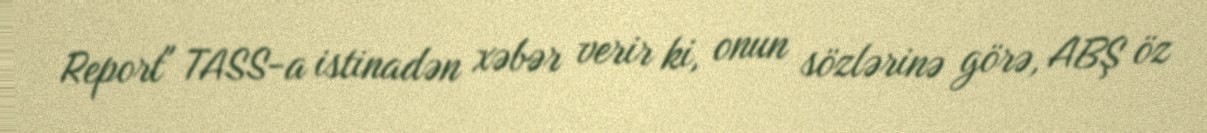
Report" TASS-a istinadən xəbər verir ki, onun sözlərinə görə, ABŞ öz